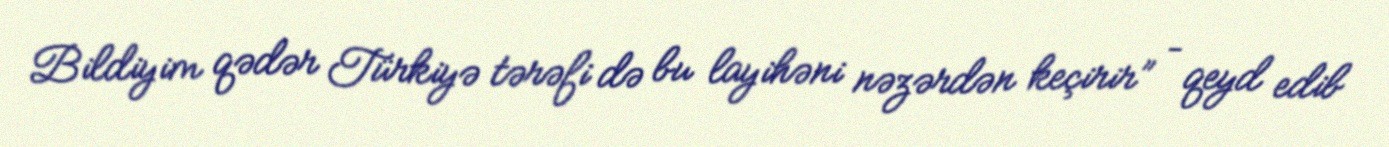
Bildiyim qədər Türkiyə tərəfi də bu layihəni nəzərdən keçirir” – qeyd edib